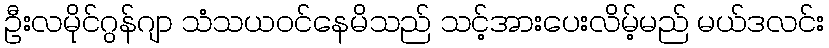
ဦးလမိုင်ဂွန်ဂျာ သံသယဝင်နေမိသည် သင့်အားပေးလိမ့်မည် မယ်ဒလင်း